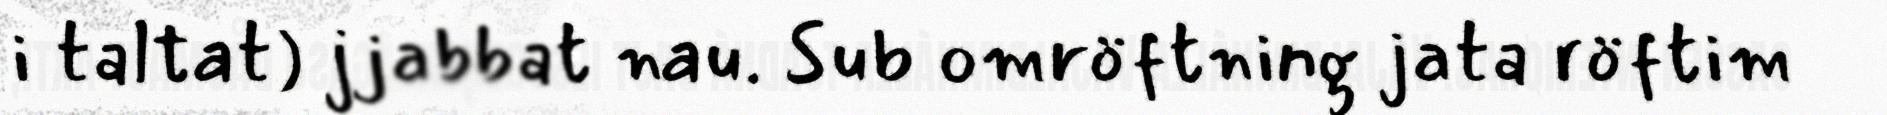
i taltat) jjabbat nau. Sub omröftning jata röftim